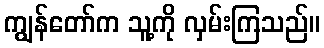
ကျွန်တော်က သူ့ကို လှမ်းကြသည်။